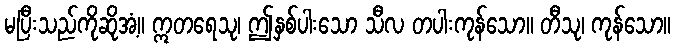
မပြီးသည်ကိုဆိုအံ့။ ဣတရေသု၊ ဤနှစ်ပါးသော သီလ တပါးကုန်သော။ တီသု၊ ကုန်သော။